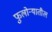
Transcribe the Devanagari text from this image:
फुलोऱ्यातील